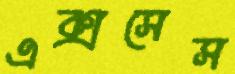
এক্সসেস